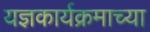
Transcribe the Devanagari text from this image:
यज्ञकार्यक्रमाच्या